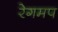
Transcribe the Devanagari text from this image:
रेगमप